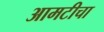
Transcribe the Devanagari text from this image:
आमटीचा